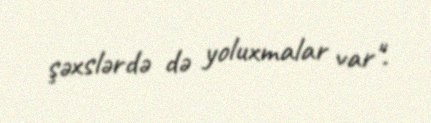
şəxslərdə də yoluxmalar var".